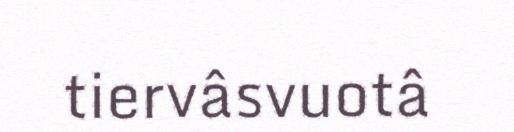
tiervâsvuotâ